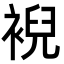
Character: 䘽